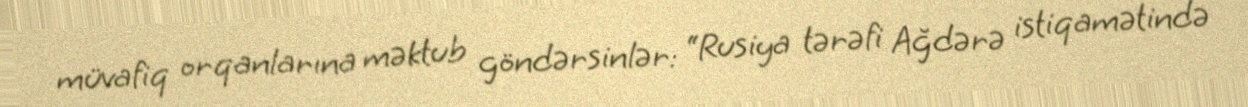
müvafiq orqanlarına məktub göndərsinlər: “Rusiya tərəfi Ağdərə istiqamətində